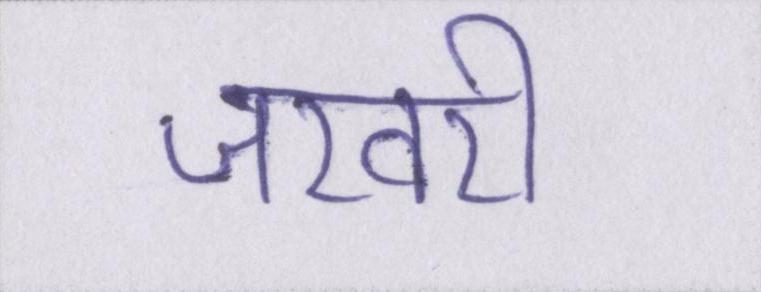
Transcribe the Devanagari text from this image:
जरवरी